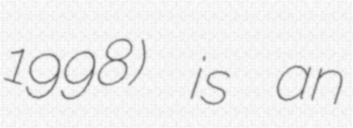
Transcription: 1998) is an